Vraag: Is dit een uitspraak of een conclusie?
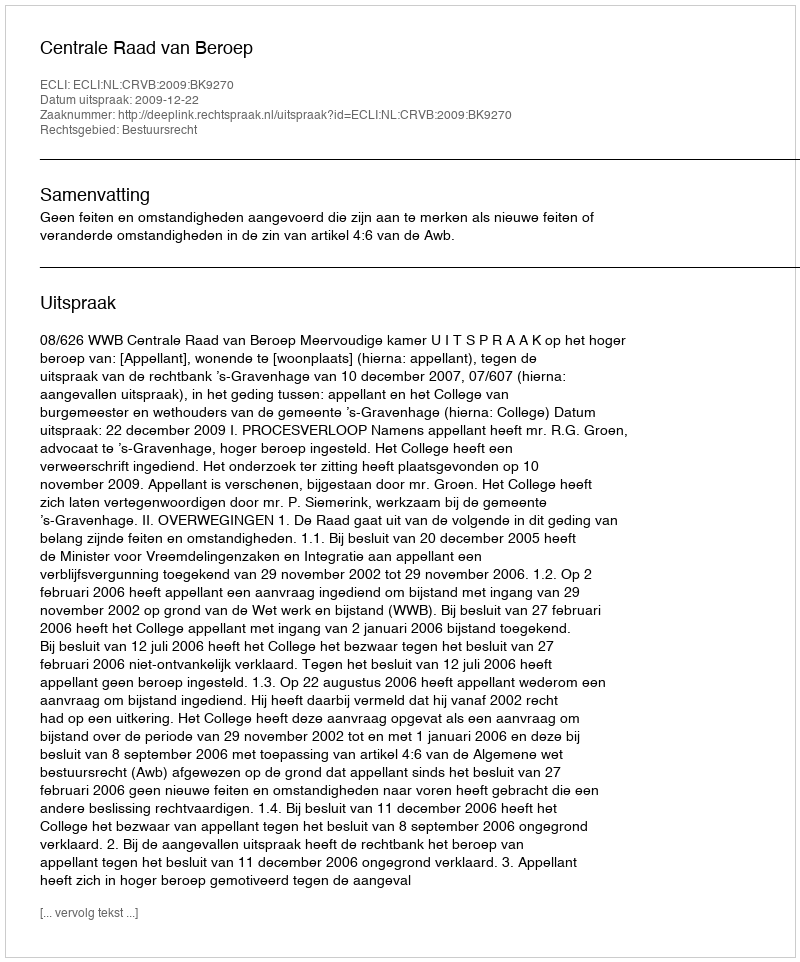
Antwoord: Uitspraak